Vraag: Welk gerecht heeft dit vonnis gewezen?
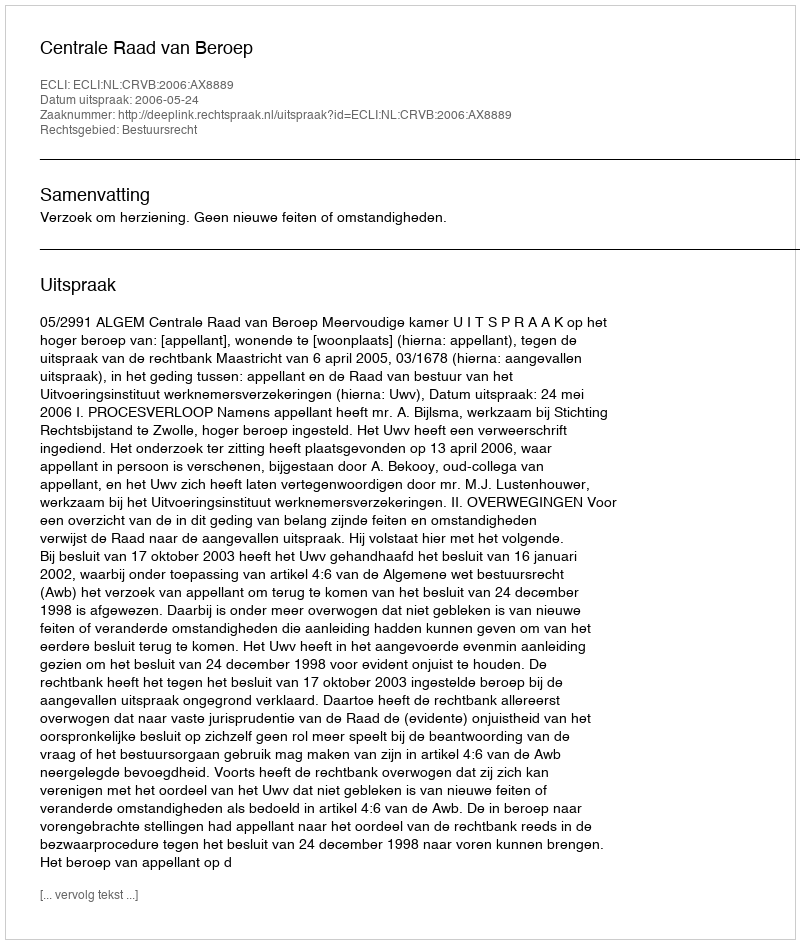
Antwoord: Centrale Raad van Beroep